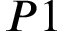
P 1